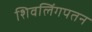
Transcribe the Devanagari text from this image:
शिवलिंगपतन